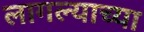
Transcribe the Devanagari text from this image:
लागल्याच्या